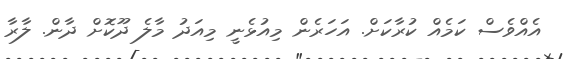
އެއްވެސް ކަމެއް ކުރާކަށް. އަހަރެން މިއުޅެނީ މިއަދު މާލެ ދޫކޮށް ދާން. ލާރާ